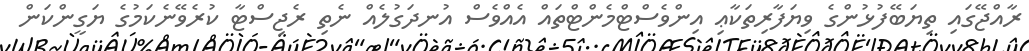
ރާއްޖޭގައި ތިޔަބޭފުޅުންގެ ވިޔަފާރިތަކާޢި އިންވެސްޓްމެންޓްތައް އެއްވެސް އުނދަގުލެއް ނެތި ރެޖިސްޓާ ކުރެވޭނެކަމުގެ ޔަގީންކަން